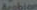
Arobion